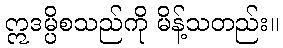
ဣဒမ္ပိစသည်ကို မိန့်သတည်း။